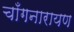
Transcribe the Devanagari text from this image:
चाँगनारायण